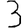
Digit: 3